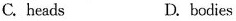
C. heads D. bodies